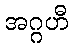
အဂ္ဂဟီ